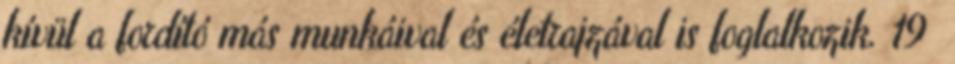
kívül a fordító más munkáival és életrajzával is foglalkozik. 19